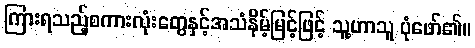
ကြားရသည့်စကားလုံးတွေနှင့်အသံနိမ့်မြင့်ဖြင့် သူ့ဟာသူ ပုံဖော်၏။